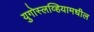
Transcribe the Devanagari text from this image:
युगोस्लव्हियामधील